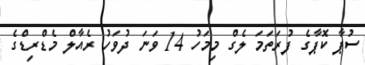
ސުޕާ ކޮޕާގެ ފުރަތަމަ ލެގް މިމަހު 14 ވަނަ ދުވަހު ރެއާލް މެޑްރިޑްގެ